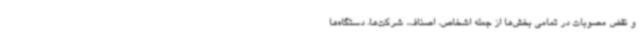
و نقض مصوبات در تمامی بخش‌ها از جمله اشخاص، اصناف، شرکت‌ها، دستگاه‌ها